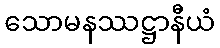
သောမနဿဋ္ဌာနီယံ